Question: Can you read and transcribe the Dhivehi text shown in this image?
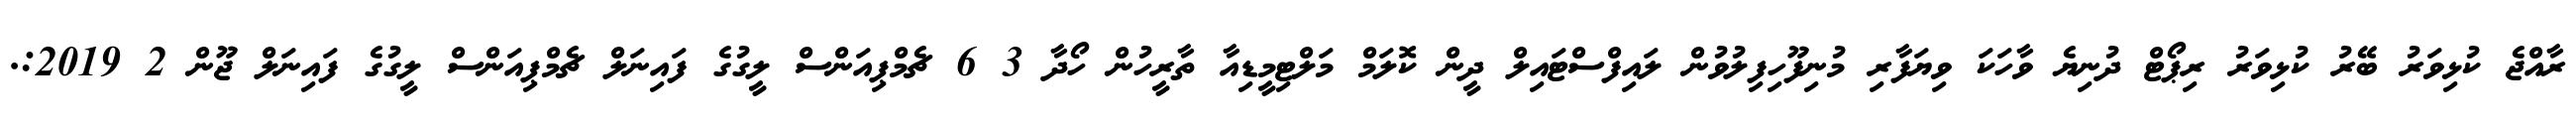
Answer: ރާއްޖެ ކުޅިވަރު ބޭރު ކުޅިވަރު ރިޕޯޓް ދުނިޔެ ވާހަކަ ވިޔަފާރި މުނިފޫހިފިލުވުން ލައިފްސްޓައިލް ދީން ކޮލަމް މަލްޓިމީޑިއާ ތާރީހުން ހޯދާ 3 6 ޗެމްޕިއަންސް ލީގުގެ ފައިނަލް ޗެމްޕިއަންސް ލީގުގެ ފައިނަލް ޖޫން 2 2019:.